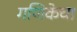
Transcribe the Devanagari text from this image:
गणिकेचा